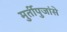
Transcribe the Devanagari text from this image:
मुर्तीपुजांसे